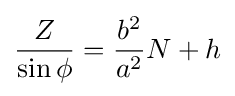
{\frac {Z}{\sin \phi }}={\frac {b^{2}}{a^{2}}}N+h